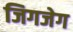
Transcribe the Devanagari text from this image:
जिगजेग